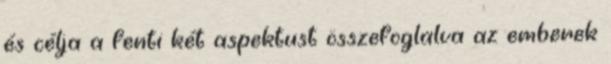
és célja a fenti két aspektust összefoglalva az emberek